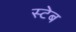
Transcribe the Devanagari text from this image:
स्टेब